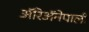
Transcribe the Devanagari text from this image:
ॲरिॲनेपाली